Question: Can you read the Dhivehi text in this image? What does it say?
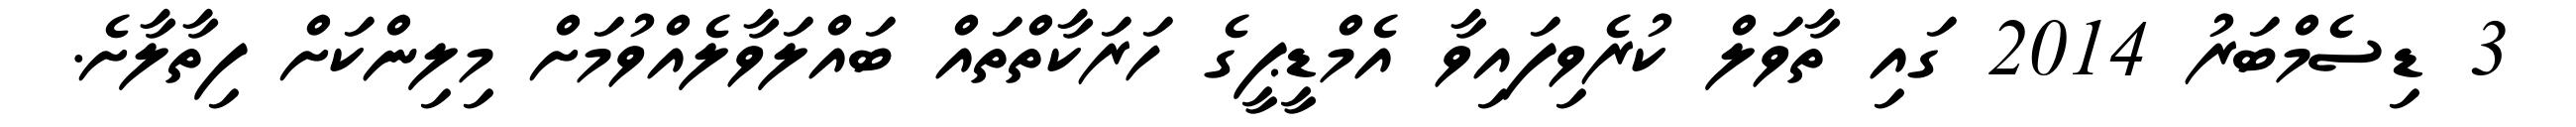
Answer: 3 ޑިސެމްބަރު 2014 ގައި ތާވަލް ކުރެވިފައިވާ އެމްޑީޕީގެ ހަރަކާތްތައް ބައްލަވާލެއްވުމަށް މިލިންކަށް ފިތާލާށެ.